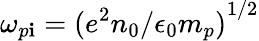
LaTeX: \omega_{p\mathbf{i}}={(e^{2}n_{0}/\epsilon_{0}m_{p})}^{1/2}